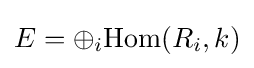
E=\oplus _{i}{\text{Hom}}(R_{i},k)